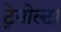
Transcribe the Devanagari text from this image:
ट्रेवोल्टा